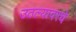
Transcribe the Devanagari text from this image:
उठल्यावरचे